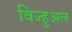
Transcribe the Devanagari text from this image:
विज्हुअल